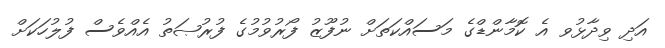
އަދި ވިދާޅުވ އެ ކޮމާންޑްގެ މަސައްކަތަށް ނުފޫޒު ފޯރުވުމުގެ ފުރުޞަތު އެއްވެސް ފުލުހަކަށް